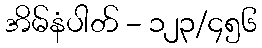
အိမ်နံပါတ် - ၁၂၃/၄၅၆